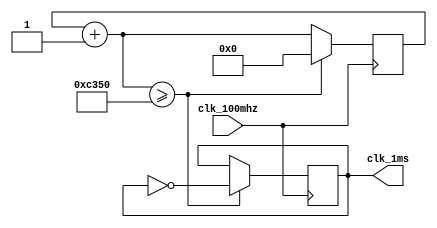

`ifndef _clk_1ms
`define _clk_1ms

module clk_1ms(
    clk_100mhz,
    clk_1ms
);
    input wire clk_100mhz;
    output reg clk_1ms;

    reg [27:0]counter;

    initial begin
        counter = 0;
        clk_1ms = 0;
    end

    always @(posedge clk_100mhz) begin
        counter = counter + 1;
        if (counter >= 50000) begin
            clk_1ms = ~clk_1ms;
            counter = 0;
        end
    end

endmodule // clk_1ms

`endif